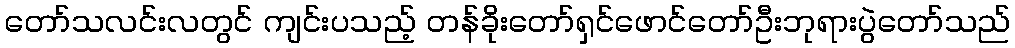
တော်သလင်းလတွင် ကျင်းပသည့် တန်ခိုးတော်ရှင်ဖောင်တော်ဦးဘုရားပွဲတော်သည်